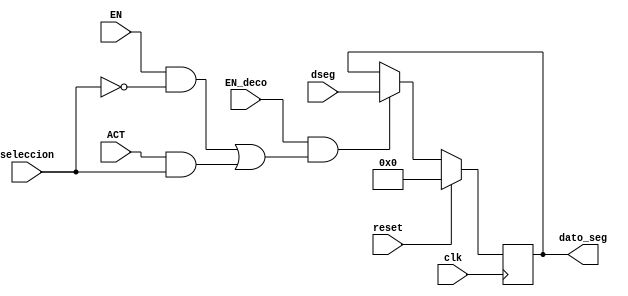
`timescale 1ns / 1ps
//////////////////////////////////////////////////////////////////////////////////
// Company: 
// Engineer: 
// 
// Design Name: 
// Module Name:    registro_year_VGA 
// Project Name: 
// Target Devices: 
// Tool versions: 
// Description: 
//
// Dependencies: 
//
// Revision: 
// Revision 0.01 - File Created
// Additional Comments: 
//
//////////////////////////////////////////////////////////////////////////////////
module registro_year_VGA(
input wire clk,reset,seleccion,
input wire [7:0] dseg,
input wire EN,EN_deco,ACT,
output reg [7:0]dato_seg
    );


always@(posedge clk ) 
begin   
   if (reset)
      dato_seg<=0;

	else begin 
	if((EN_deco==1)&&(((EN==1)&&(seleccion==0))||((ACT==1)&&(seleccion==1))))
     dato_seg<=dseg;
	 else 
	  dato_seg<=dato_seg;
	  end
	 
end

endmodule